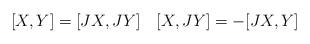
LaTeX: \begin{align*}[X, Y] = [JX, JY] \quad[X, JY] = -[JX, Y]\end{align*}